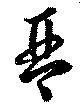
琴